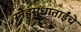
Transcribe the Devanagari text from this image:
स्नेहसुधाताईंचे